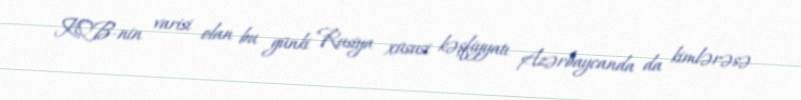
KQB-nin varisi olan bu günki Rusiya xüsusi kəşfiyyatı Azərbaycanda da kimlərəsə